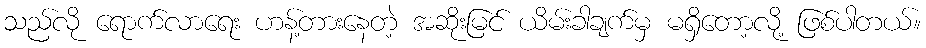
သည်လို ရောက်လာရေး ဟန့်တားနေတဲ့ အဆိုးမြင် ယိမ်းခါချက်မှ မရှိတော့လို့ ဖြစ်ပါတယ်။